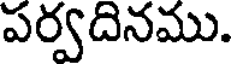
పర్వదినము.